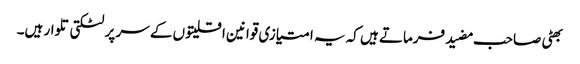
بھٹی صاحب مضید فرماتے ہیں کہ یہ امتیازی قوانین اقلیتوں کے سر پر لٹکتی تلوار ہیں۔